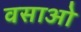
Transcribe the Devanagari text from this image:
वसाओ